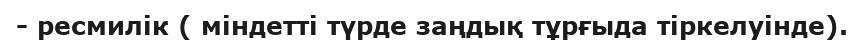
- ресмилік ( міндетті түрде заңдық тұрғыда тіркелуінде).